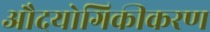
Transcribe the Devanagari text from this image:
औदयोगिकीकरण